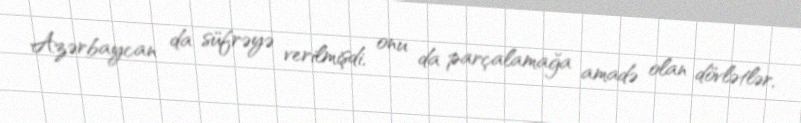
Azərbaycan da süfrəyə verilmişdi, onu da parçalamağa amadə olan dövlətlər,